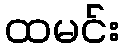
ထမင်း